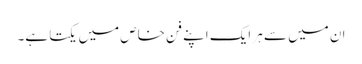
ان میں سے ہر ایک اپنے فن خاص میں یکتا ہے۔